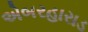
એબરહારાડ